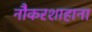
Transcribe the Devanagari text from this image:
नौकरशाहाना